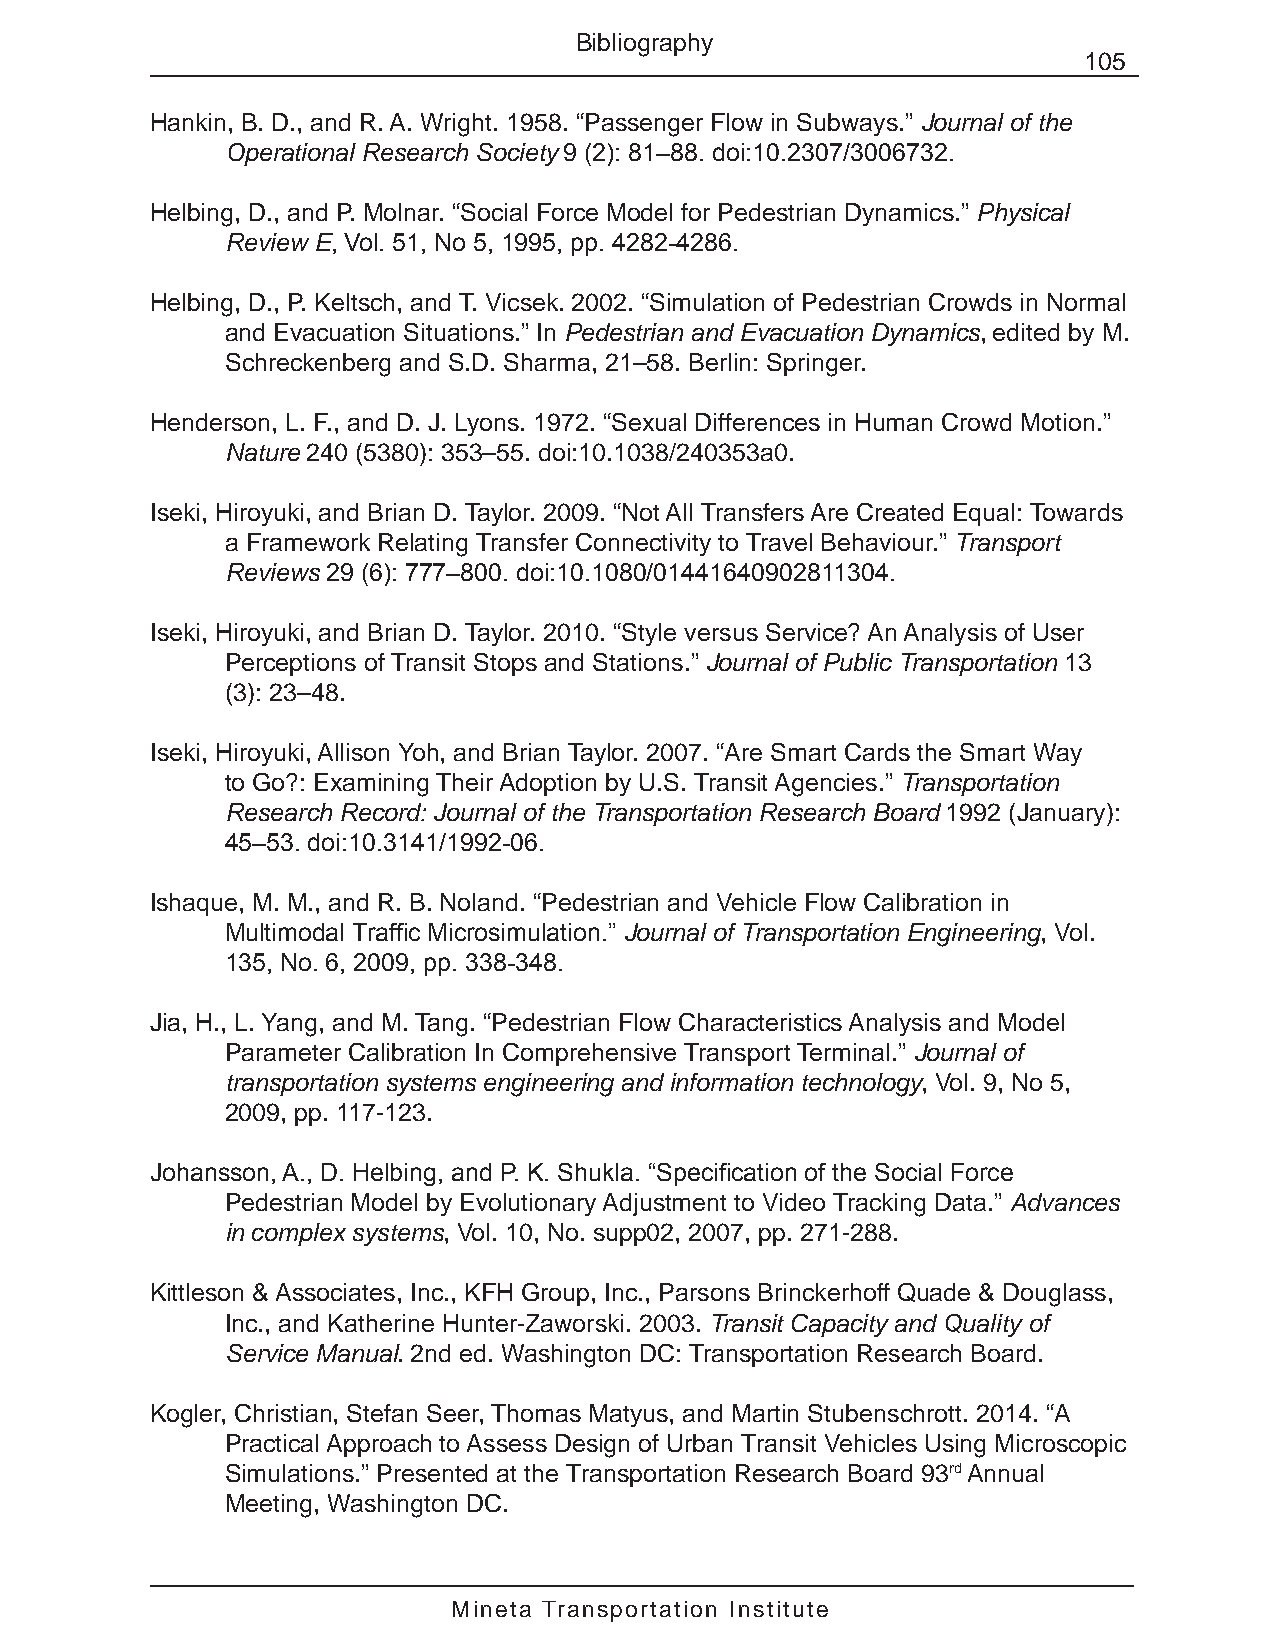
Bibliography
 105
 Hankin, B. D., and R. A. Wright. 1958. “Passenger Flow in Subways.” Journal of the
 Operational Research Society 9 (2): 81–88. doi:10.2307/3006732.
 Helbing, D., and P. Molnar. “Social Force Model for Pedestrian Dynamics.” Physical
 Review E, Vol. 51, No 5, 1995, pp. 4282-4286.
 Helbing, D., P. Keltsch, and T. Vicsek. 2002. “Simulation of Pedestrian Crowds in Normal
 and Evacuation Situations.” In Pedestrian and Evacuation Dynamics, edited by M.
 Schreckenberg and S.D. Sharma, 21–58. Berlin: Springer.
 Henderson, L. F., and D. J. Lyons. 1972. “Sexual Differences in Human Crowd Motion.”
 Nature 240 (5380): 353–55. doi:10.1038/240353a0.
 Iseki, Hiroyuki, and Brian D. Taylor. 2009. “Not All Transfers Are Created Equal: Towards
 a Framework Relating Transfer Connectivity to Travel Behaviour.” Transport
 Reviews 29 (6): 777–800. doi:10.1080/01441640902811304.
 Iseki, Hiroyuki, and Brian D. Taylor. 2010. “Style versus Service? An Analysis of User
 Perceptions of Transit Stops and Stations.” Journal of Public Transportation 13
 (3): 23–48.
 Iseki, Hiroyuki, Allison Yoh, and Brian Taylor. 2007. “Are Smart Cards the Smart Way
 to Go?: Examining Their Adoption by U.S. Transit Agencies.” Transportation
 Research Record: Journal of the Transportation Research Board 1992 (January):
 45–53. doi:10.3141/1992-06.
 Ishaque, M. M., and R. B. Noland. “Pedestrian and Vehicle Flow Calibration in
 Multimodal Traffic Microsimulation.” Journal of Transportation Engineering, Vol.
 135, No. 6, 2009, pp. 338-348.
 Jia, H., L. Yang, and M. Tang. “Pedestrian Flow Characteristics Analysis and Model
 Parameter Calibration In Comprehensive Transport Terminal.” Journal of
 transportation systems engineering and information technology, Vol. 9, No 5,
 2009, pp. 117-123.
 Johansson, A., D. Helbing, and P. K. Shukla. “Specification of the Social Force
 Pedestrian Model by Evolutionary Adjustment to Video Tracking Data.” Advances
 in complex systems, Vol. 10, No. supp02, 2007, pp. 271-288.
 Kittleson & Associates, Inc., KFH Group, Inc., Parsons Brinckerhoff Quade & Douglass,
 Inc., and Katherine Hunter-Zaworski. 2003. Transit Capacity and Quality of
 Service Manual. 2nd ed. Washington DC: Transportation Research Board.
 Kogler, Christian, Stefan Seer, Thomas Matyus, and Martin Stubenschrott. 2014. “A
 Practical Approach to Assess Design of Urban Transit Vehicles Using Microscopic
 Simulations.” Presented at the Transportation Research Board 93rd Annual
 Meeting, Washington DC.
 Mineta Transportation Institute